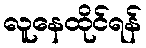
လူနေထိုင်ရန်